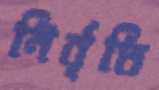
নির্বৃতি